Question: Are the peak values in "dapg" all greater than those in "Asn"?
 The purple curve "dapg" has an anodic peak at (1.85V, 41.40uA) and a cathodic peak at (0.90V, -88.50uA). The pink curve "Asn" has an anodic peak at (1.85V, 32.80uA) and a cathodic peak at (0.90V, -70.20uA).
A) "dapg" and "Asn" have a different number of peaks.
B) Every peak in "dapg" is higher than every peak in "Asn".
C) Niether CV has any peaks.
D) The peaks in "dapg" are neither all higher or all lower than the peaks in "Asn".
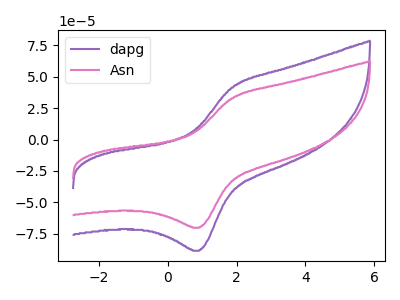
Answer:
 <answer>B) Every peak in "dapg" is higher than every peak in "Asn".</answer>
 <eval>B</eval>